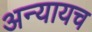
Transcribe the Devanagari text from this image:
अन्यायच